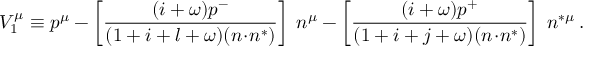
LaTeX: V _ { 1 } ^ { \mu } \equiv p ^ { \mu } - \left[ \frac { ( i + \omega ) p ^ { - } } { ( 1 + i + l + \omega ) ( n \! \cdot \! n ^ { * } ) } \right] \; n ^ { \mu } - \left[ \frac { ( i + \omega ) p ^ { + } } { ( 1 + i + j + \omega ) ( n \! \cdot \! n ^ { * } ) } \right] \; n ^ { * \mu } \: .